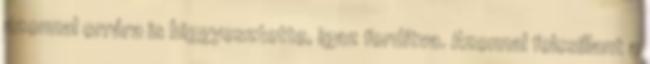
azonnal orrára is biggyesztette, igaz fordítva. Azonnal felcsillant a